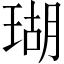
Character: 瑚